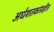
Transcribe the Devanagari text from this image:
अर्धशतकांसहीत